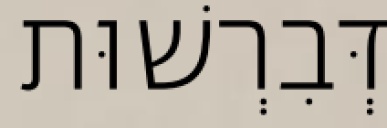
דְּבִרְשׁוּת